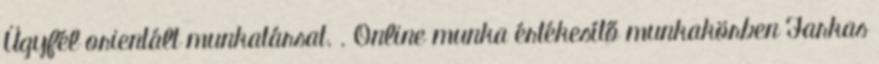
Ügyfél orientált munkatársat. . Online munka értékesítő munkakörben Farkas